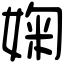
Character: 婅